Annual report on the mental hospital in the Central Provinces and Berar (Nagpur) - 1927-1951
Year: 1927
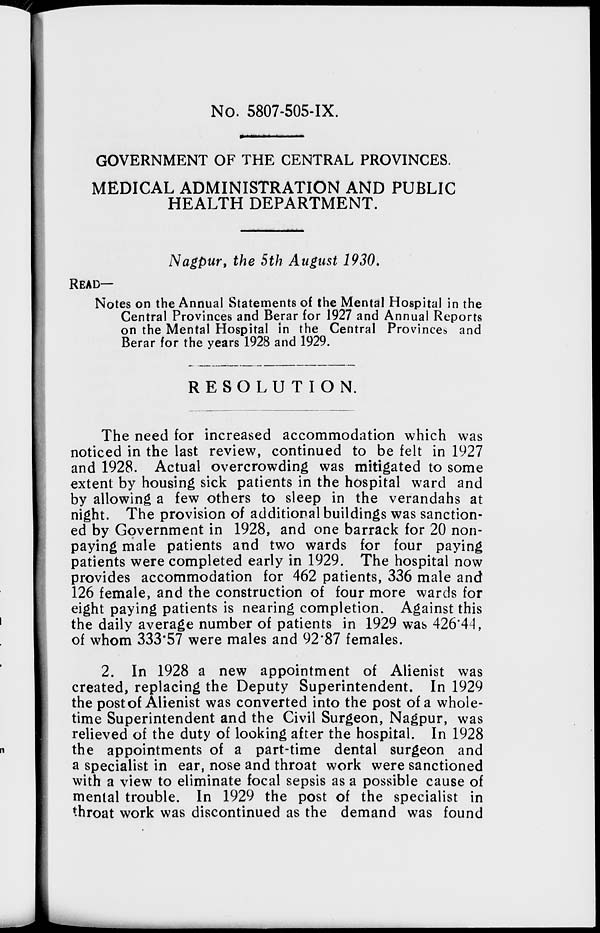
No. 5807-505-IX.
GOVERNMENT OF THE CENTRAL PROVINCES.
MEDICAL ADMINISTRATION AND PUBLIC
HEALTH DEPARTMENT.
Nagpur, the 5th August 1930.
READ—
Notes on the Annual Statements of the Mental Hospital in the
Central Provinces and Berar for 1927 and Annual Reports
on the Mental Hospital in the Central Provinces and
Berar for the years 1928 and 1929.
RESOLUTION.
The need for increased accommodation which was
noticed in the last review, continued to be felt in 1927
and 1928. Actual overcrowding was mitigated to some
extent by housing sick patients in the hospital ward and
by allowing a few others to sleep in the verandahs at
night. The provision of additional buildings was sanction-
ed by Government in 1928, and one barrack for 20 non-
paying male patients and two wards for four paying
patients were completed early in 1929. The hospital now
provides accommodation for 462 patients, 336 male and
126 female, and the construction of four more wards for
eight paying patients is nearing completion. Against this
the daily average number of patients in 1929 was 426.44,
of whom 333.57 were males and 92.87 females.
2. In 1928 a new appointment of Alienist was
created, replacing the Deputy Superintendent. In 1929
the post of Alienist was converted into the post of a whole-
time Superintendent and the Civil Surgeon, Nagpur, was
relieved of the duty of looking after the hospital. In 1928
the appointments of a part-time dental surgeon and
a specialist in ear, nose and throat work were sanctioned
with a view to eliminate focal sepsis as a possible cause of
mental trouble. In 1929 the post of the specialist in
throat work was discontinued as the demand was found